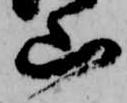
山